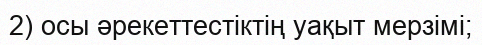
2) осы әрекеттестіктің уақыт мерзімі;